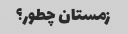
زمستان چطور؟